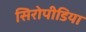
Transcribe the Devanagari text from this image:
सिरोपीडिया